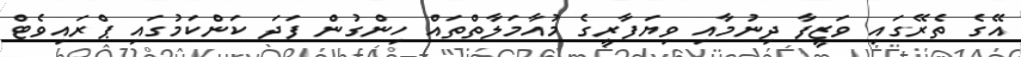
އޭގެ ތެރޭގައި ވަޒީފާ ދިނުމާއި ވިޔަފާރީގެ މުއާމަލާތްތައް ހިންގުން ފަދަ ކަންކަމުގައި ޕްރައިވެޓް